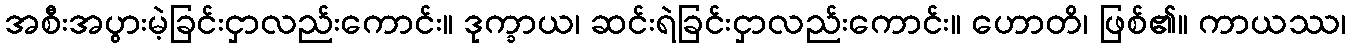
အစီးအပွားမဲ့ခြင်းငှာလည်းကောင်း။ ဒုက္ခာယ၊ ဆင်းရဲခြင်းငှာလည်းကောင်း။ ဟောတိ၊ ဖြစ်၏။ ကာယဿ၊